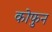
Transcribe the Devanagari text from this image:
कोफुन